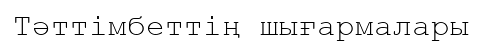
Тәттімбеттің шығармалары